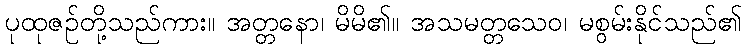
ပုထုဇဉ်တို့သည်ကား။ အတ္တနော၊ မိမိ၏။ အသမတ္တသေဝ၊ မစွမ်းနိုင်သည်၏